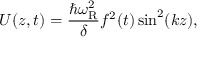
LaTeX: U ( z , t ) = { \frac { \hbar \omega _ { \mathrm { R } } ^ { 2 } } { \delta } } f ^ { 2 } ( t ) \sin ^ { 2 } ( k z ) ,